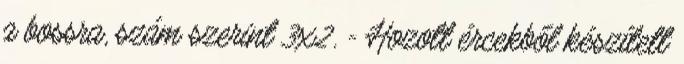
a bossra, szám szerint 3x2. - Hozott ércekből készített